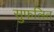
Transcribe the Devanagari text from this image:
सुफलित